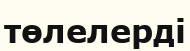
төлелерді